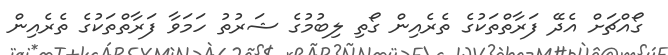
ގޯއްޗަށް އެދޭ ފަރާތްތަކުގެ ތެރެއިން ގޯތި ލިބުމުގެ ޝަރުތު ހަމަވާ ފަރާތްތަކުގެ ތެރެއިން